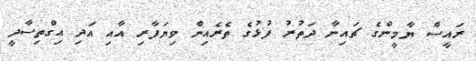
ރައީސް ޔާމީންގެ ޗައިނާ ދަތުރު ފުޅުގެ ތެރެއިން ވިޔަފާރި އާއި އަދި އިގްތިސާދީ